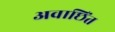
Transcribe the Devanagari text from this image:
अवाछिंत